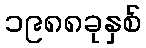
၁၉၈၈ခုနှစ်